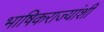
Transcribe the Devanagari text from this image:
भाषिकराज्यांशी